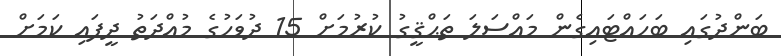
ބަންދުގައި ބަހައްޓައިގެން މައްސަަލަ ތަޙްޤީގު ކުރުމަށް 15 ދުވަހުގެ މުއްދަތު ދީފައި ކަމަށް